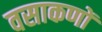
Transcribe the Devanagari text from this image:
वसाकणों